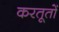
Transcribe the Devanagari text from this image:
करतूतोें